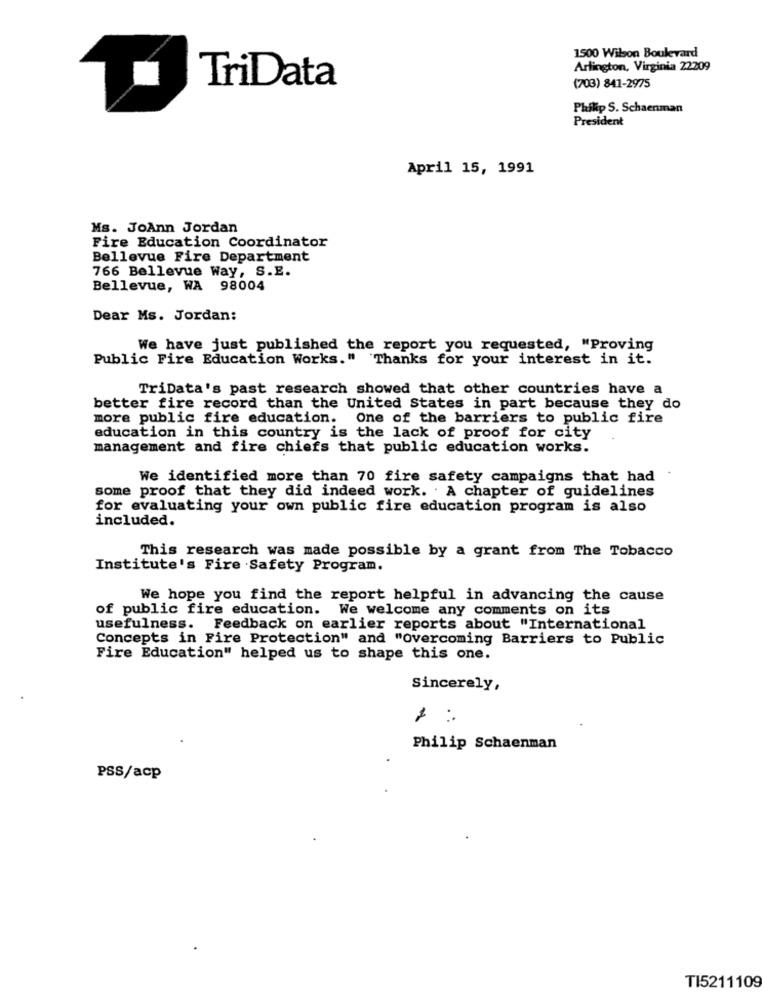
1500 Wilson Boulevard
Arlington, Virginia 22209
TriData
(703) 841-2975
Philip S. Schaenman
President
April 15, 1991
Ms. JoAnn Jordan
Fire Education Coordinator
Bellevue Fire Department
766 Bellevue Way, S.E.
Bellevue, WA 98004
Dear Ms. Jordan:
We have just published the report you requested, "Proving
Public Fire Education Works." Thanks for your interest in it.
TriData's past research showed that other countries have a
better fire record than the United States in part because they do
more public fire education. One of the barriers to public fire
education in this country is the lack of proof for city
management and fire chiefs that public education works.
We identified more than 70 fire safety campaigns that had
some proof that they did indeed work. . A chapter of guidelines
for evaluating your own public fire education program is also
included.
This research was made possible by a grant from The Tobacco
Institute's Fire Safety Program.
We hope you find the report helpful in advancing the cause
of public fire education. We welcome any comments on its
usefulness. Feedback on earlier reports about "International
Concepts in Fire Protection" and "overcoming Barriers to Public
Fire Education" helped us to shape this one.
Sincerely,
Philip Schaenman
PSS/acp
TI5211109